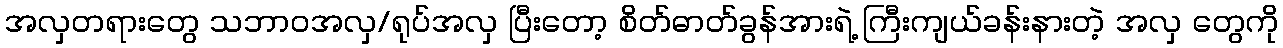
အလှတရားတွေ သဘာဝအလှ/ရုပ်အလှ ပြီးတော့ စိတ်ဓာတ်ခွန်အားရဲ့ ကြီးကျယ်ခန်းနားတဲ့ အလှ တွေကို